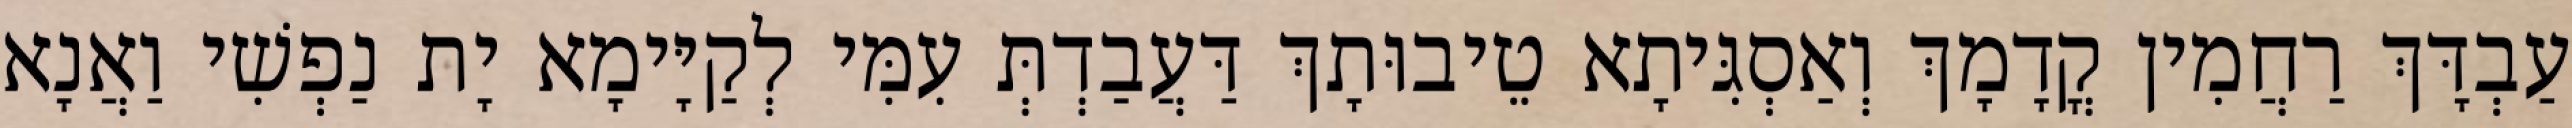
עַבְדָּךְ רַחֲמִין קֳדָמָךְ וְאַסְגִּיתָא טֵיבוּתָךְ דַּעֲבַדְתְּ עִמִּי לְקַיָּימָא יָת נַפְשִׁי וַאֲנָא